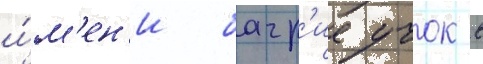
и́м'ен'и багр'ие учок в